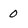
Character: 0